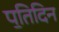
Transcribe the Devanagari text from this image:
प॒तिदिन